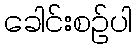
ခေါင်းစဉ်ပါ